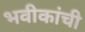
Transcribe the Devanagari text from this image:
भवीकांची